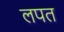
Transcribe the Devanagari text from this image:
लपत